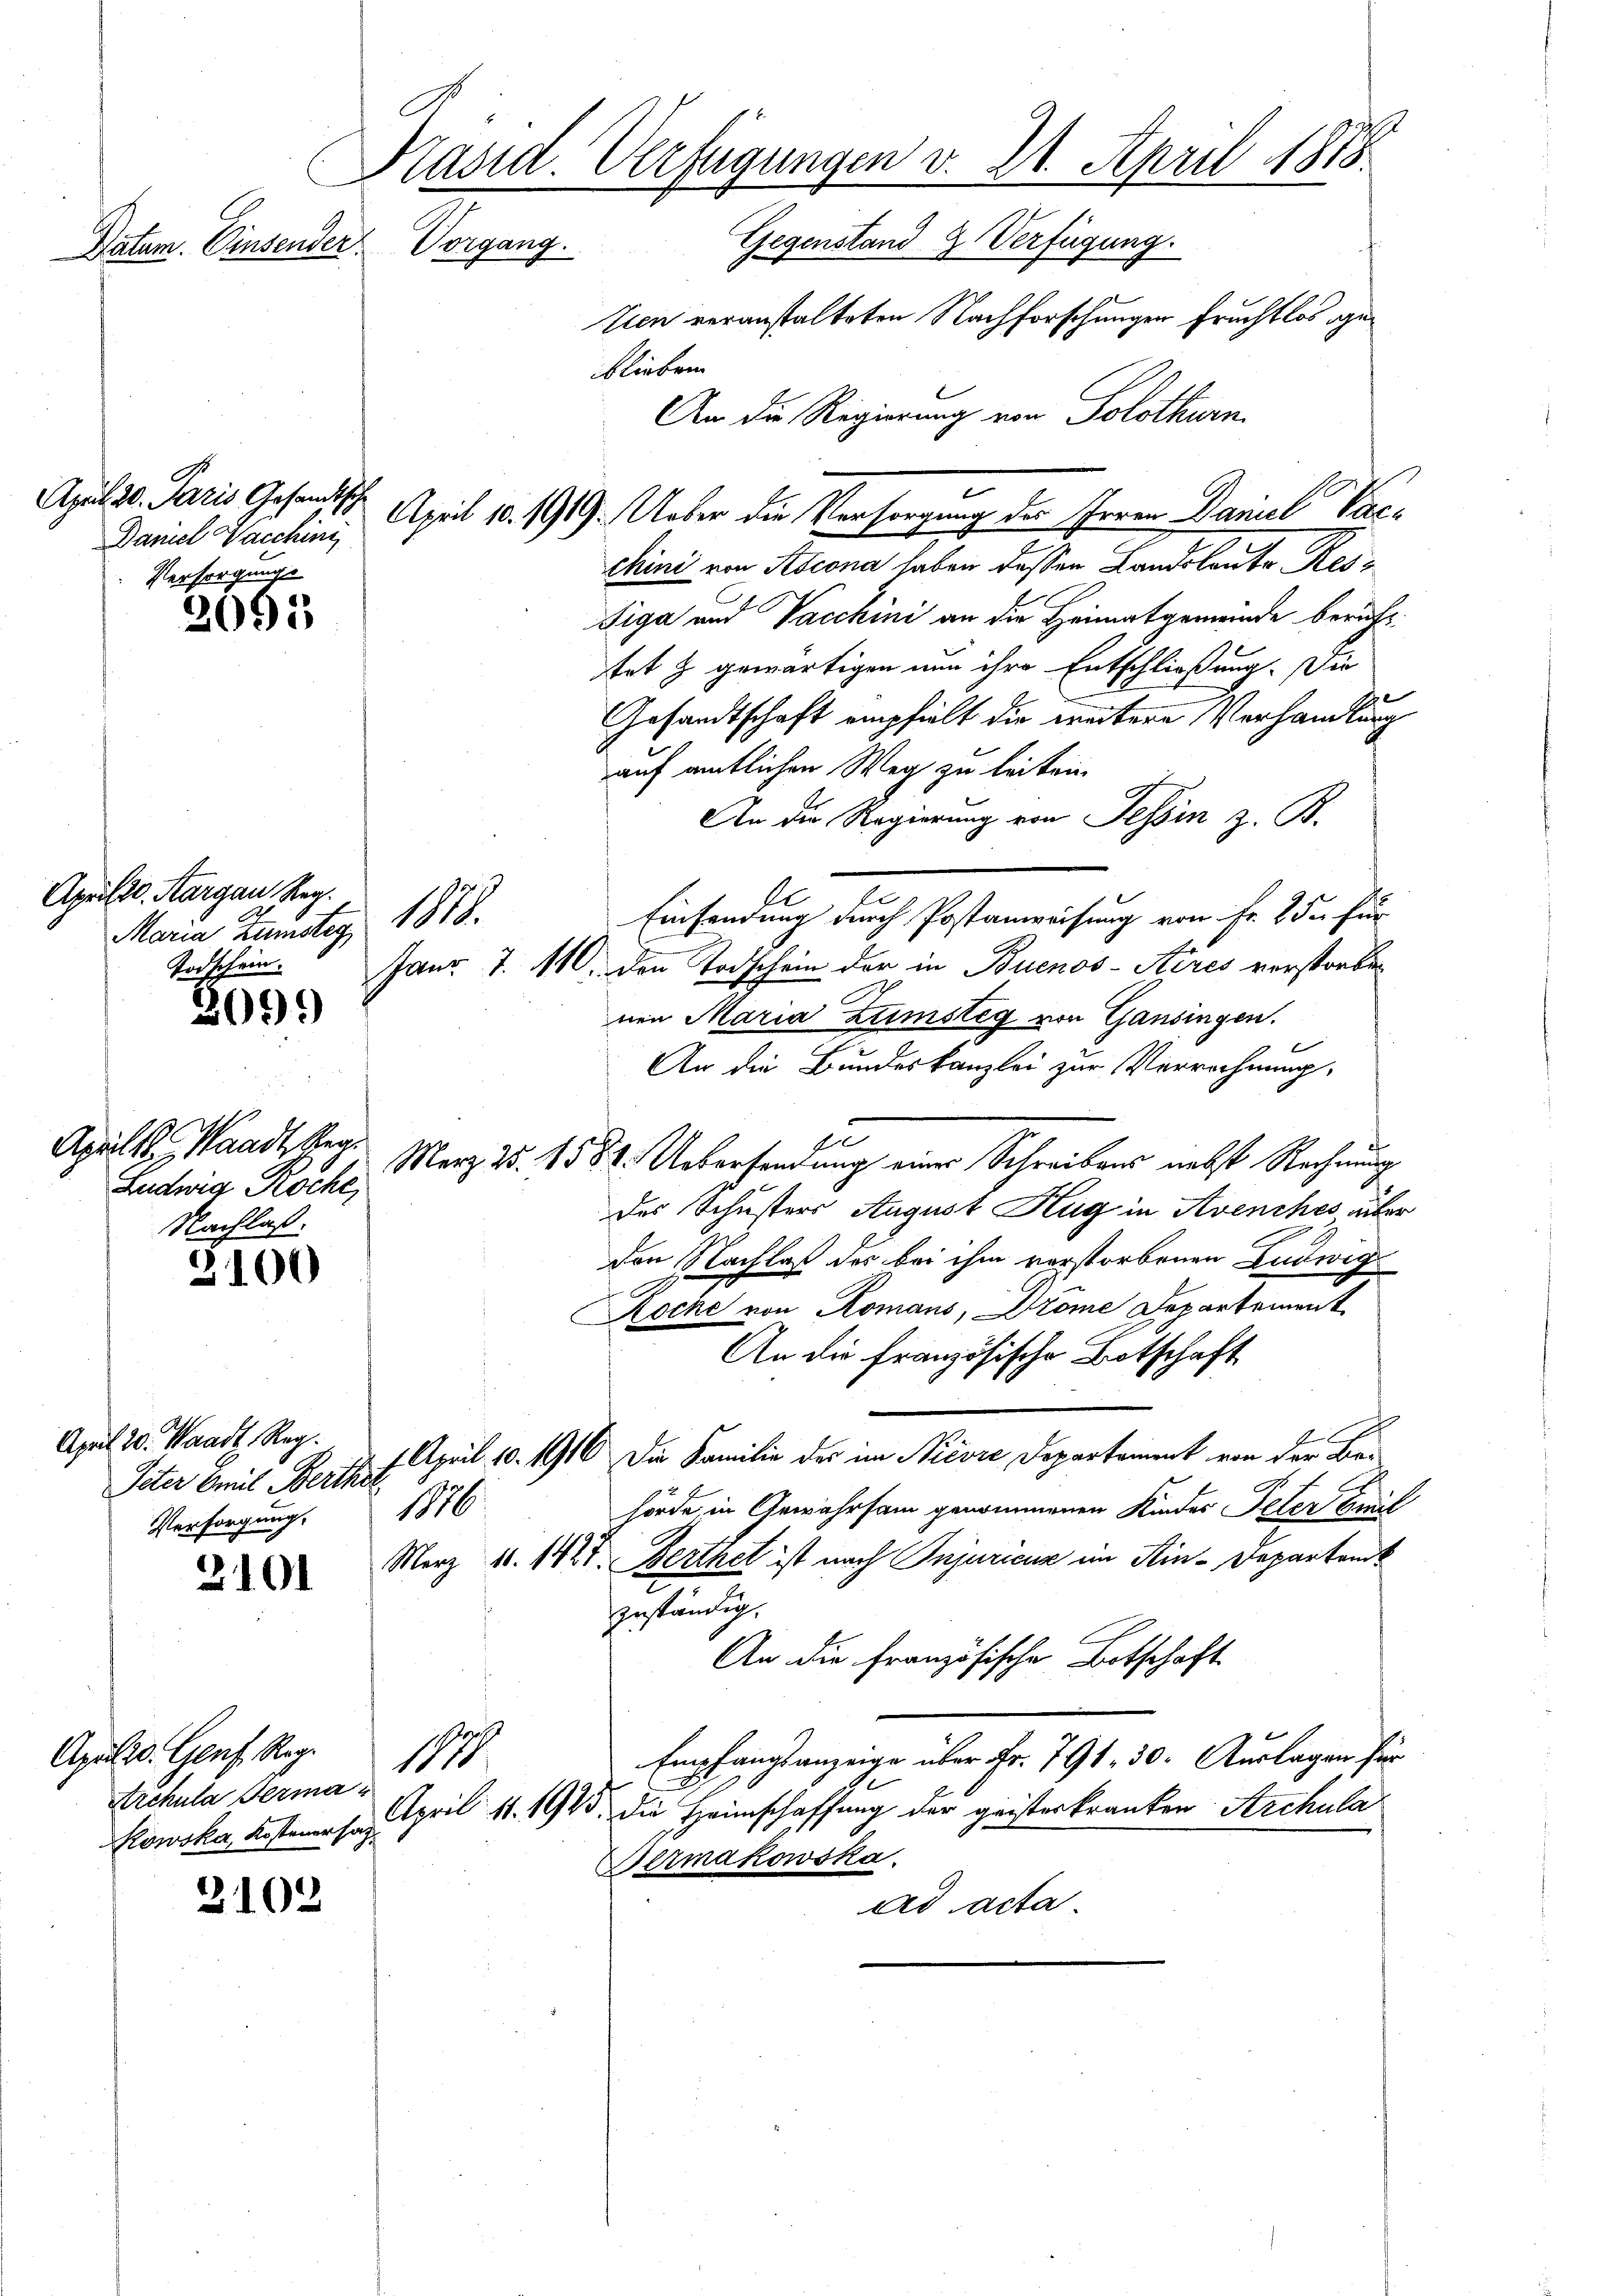
Daten. Einsender Vorgang.

April 20. Paris Gesandtisch
Daniel Vacchin
Versorgungs

2055

April. Aargau Reg.
Maria Zumstag 1878.
Todschein.

2059

3100

2102

Präsid. Verfügungen v. 21. April 1878.
Gegenstand 2 Verfügung.
tien veranstalteten Nachforschungen Fruchtlos geblieben
An die Regierung von Solothurn.

Aprils. Waadt, Gege
Ludwig Roche,
Nachlaß.

April 20. Waadt. Reg.
Peter Emil Berthe
1176
Versorgung.
2101

Apulio. Genf. Reg.
Archula Germa¬

18

April 10. 1919. Ueber die Versorgung der Irren Daniel Vacchini von Ascona haben dessen Landolonto Res¬
Siga und Vaschini an die Heimatgemeinde berufstet & gewärtigen nun ihre Entschließung. Die
Gesandtschaft empfielt die ereitere Verhandlung
auf amtlichen Weg zu leiten.
An die Regierung von Tessin z. B.
s
Einsendung durch Postanweisung von Fr. 25. für
Janr. 7. 110. den Todschein der in Buenos-Aires verstorben
nen Maria Zumstig von Gansingen.
An die Bundeskanzlei zur Verrechnung.
e
Merz d. 1582. Uebersendung einer Schreibens nebst Rechnung
des Schusters August Hug in Avenches über
den Nachlaß des bei ihm verstorbenen Ludwig
Rocke von Komans, Dröme Departement
An die französische Botschaft
s
1 April 10. 1910 die Familie der im Nievre Departement von der Bes
hörde, in Gewährsam genommenen Kindes Peter Greif
März 10. 142. Berthet ist nach Injuricus im Kin-Departend
zuständig.
An die französische Botschaft
Empfangsanzeige über Fr. 791, 30. Auslagen für
Kowska Kostenen so. April 11. 1945 die Heimschaffung der geisterkranken Archula
Dermakowska
ad acta